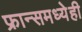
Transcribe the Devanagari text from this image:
फ्रान्समध्येही